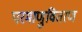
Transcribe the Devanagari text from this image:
परमाणुवितरण